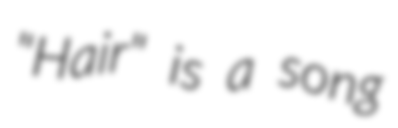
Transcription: "Hair" is a song